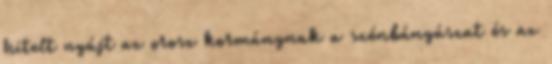
hitelt nyújt az orosz kormánynak a szénbányászat és az